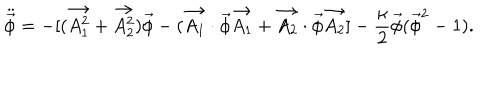
LaTeX: \ddot { \vec { \phi } } = - [ ( \vec { A _ { 1 } ^ { 2 } } + \vec { A _ { 2 } ^ { 2 } } ) \vec { \phi } - ( \vec { A _ { 1 } } \cdot \vec { \phi } \vec { A _ { 1 } } + \vec { A _ { 2 } } \cdot \vec { \phi } \vec { A _ { 2 } } ] - \frac { \kappa } { 2 } \vec { \phi } ( \vec { \phi } ^ { 2 } - 1 ) .